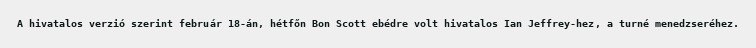
A hivatalos verzió szerint február 18-án, hétfőn Bon Scott ebédre volt hivatalos Ian Jeffrey-hez, a turné menedzseréhez.